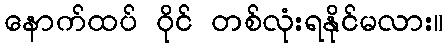
နောက်ထပ် ဝိုင် တစ်လုံးရနိုင်မလား။